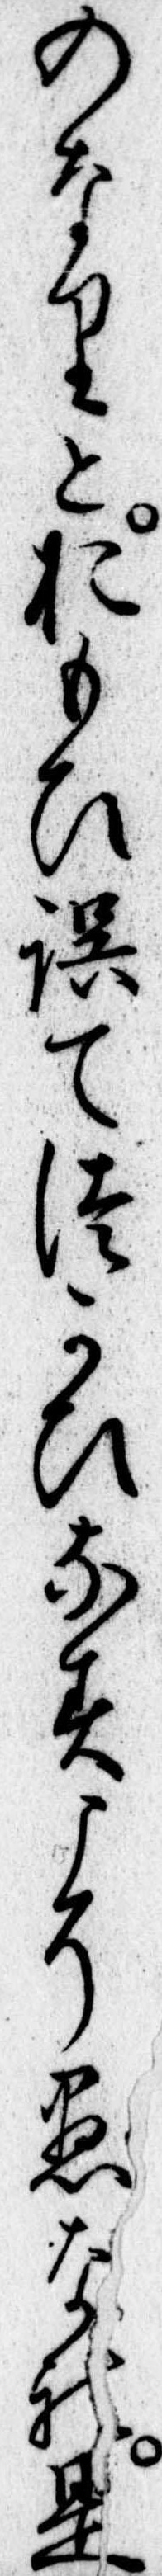
のなりとおもひ誤てつかひなすこそ愚なれ是